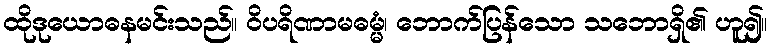
ထိုဒုယောဓနမင်းသည်။ ဝိပရိဏာမဓမ္မံ၊ ဘောက်ပြန်သော သဘောရှိ၏ ဟူ၍။